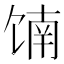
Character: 𬳄